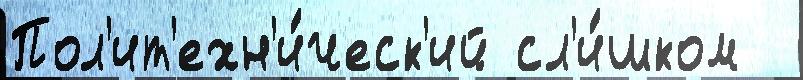
Пол'ит'ехн'и́ческ'ий сл'и́шком